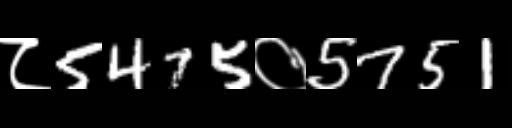
Text: ८5475०5751